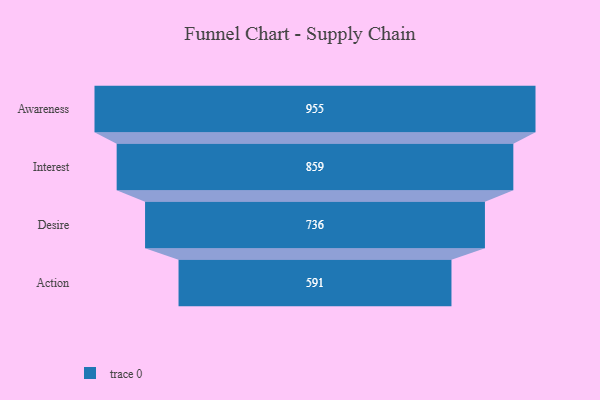
{"axis": {"x": "Stage", "y": "Value"}, "legend": [""], "data": [{"x": "Awareness", "y": 955.0, "type": ""}, {"x": "Interest", "y": 859.0, "type": ""}, {"x": "Desire", "y": 736.0, "type": ""}, {"x": "Action", "y": 591.0, "type": ""}]}